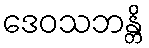
ဒေဝသဘန္တိ